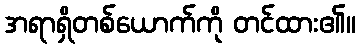
အရာရှိတစ်ယောက်ကို တင်ထား၏။